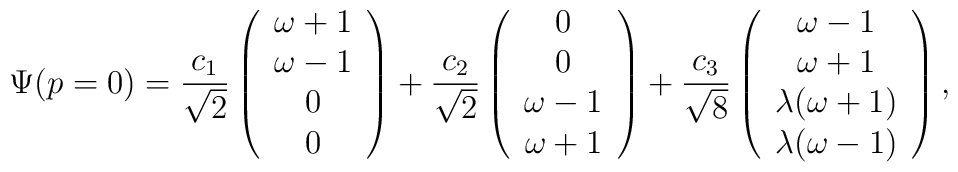
\Psi(p=0) =\frac{c_1}{\sqrt2}\left(\begin{array}{c}\omega+1\\\omega-1\\0\\0\end{array}\right)+\frac{c_2}{\sqrt2}\left(\begin{array}{c}0\\0\\\omega-1\\\omega+1\end{array}\right)+\frac{c_3}{\sqrt8}\left(\begin{array}{c}\omega-1\\\omega+1\\\lambda(\omega+1)\\\lambda(\omega-1)\end{array}\right),